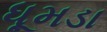
ધૂમડા